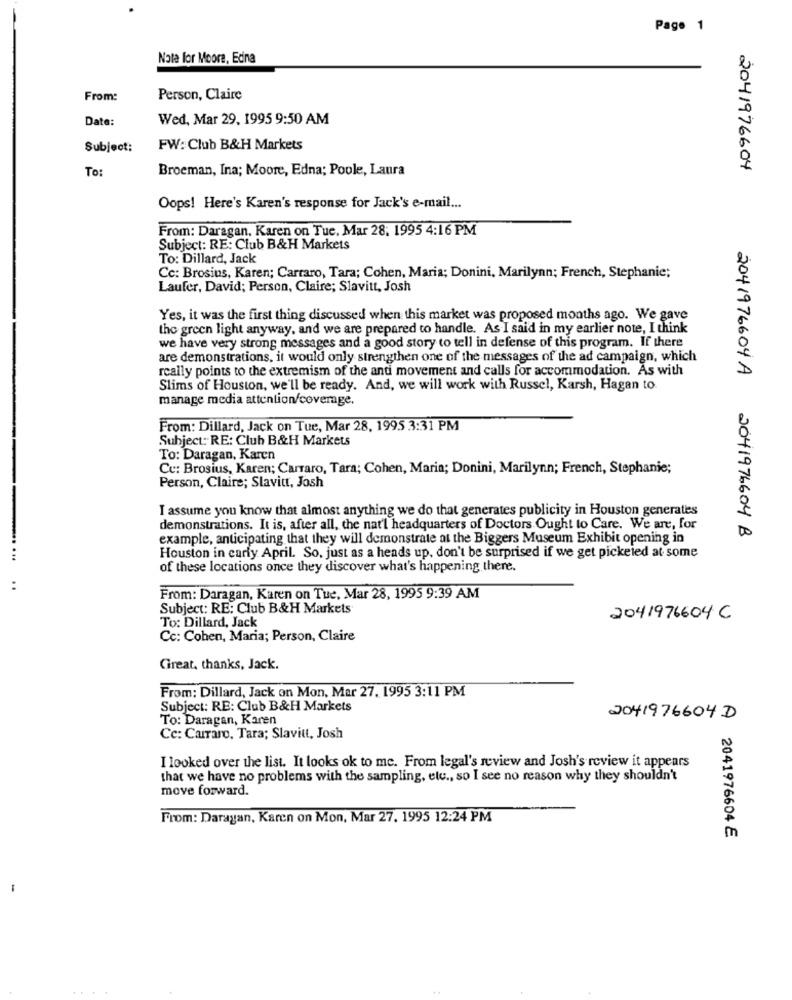
Page 1
Note for Moore, Edna
From:
Person, Claire
Date:
Wed, Mar 29, 1995 9:50 AM
Subject:
FW: Club B&H Markets
To:
Broeman, Ina; Moore, Edna; Poole, Laura
2041976604
Oops! Here's Karen's response for Jack's e-mail ...
From: Daragan. Karen on Tue. Mar 28. 1995 4:16 PM
Subject: RE: Club B&H Markets
To: Dillard, Jack
Cc: Brosius, Karen; Carraro, Tara; Cohen, Maria; Donini, Marilynn; French, Stephanie;
Laufer, David; Person, Claire; Slavitt, Josh
Yes, it was the first thing discussed when this market was proposed months ago. We gave
the green light anyway, and we are prepared to handle. As I said in my earlier note, I think
we have very strong messages and a good story to tell in defense of this program. If there
are demonstrations, it would only strengthen one of the messages of the ad campaign, which
really points to the extremism of the and movement and calls for accommodation. As with
Slims of Houston, we'll be ready. And, we will work with Russel, Karsh, Hagan to.
manage media attention/coverage.
From: Dillard, Jack on Tue, Mar 28, 1995 3:31 PM
Subject: RE: Club B&H Markets
To: Daragan, Karen
Cu: Brosius, Karen; Carraro, Tara; Cohen, Maria; Donini, Marilynn; French, Stephanie;
Person, Claire; Slavitt, Josh
I assume you know that almost anything we do that generates publicity in Houston generates
demonstrations. It is, after all, the nat'l headquarters of Doctors Ought to Care. We are, for
example, anticipating that they will demonstrate at the Biggers Museum Exhibit opening in
2041976604A 2041976604 B
Houston in carly April. So, just as a heads up, don't be surprised if we get pickeied at some
of these locations once they discover what's happening there.
..
From: Daragan, Karen on Tue, Mar 28, 1995 9:39 AM
Subject: RE: Club B&H Markets
To: Dillard, Jack
2041976604 C
Cc: Cohen, Maria; Person, Claire
Great, thanks, Jack.
From: Dillard, Jack on Mon, Mar 27. 1995 3:11 PM
Subject: RE: Club B&H Markets
To: Daragan, Karen
2041976604D
Cc: Carraro, Tara; Slavitt, Josh
I looked over the list. It looks ok to me. From legal's review and Josh's review it appears
that we have no problems with the sampling, etc ., so I see no reason why they shouldn't
move forward.
From: Darayan, Karen on Mon, Mar 27. 1995 12:24 PM
2041976604 E
-